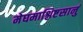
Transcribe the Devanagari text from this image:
मेघमाश्लिष्टसानुं